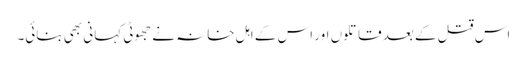
اس قتل کے بعد قاتلوں اور اس کے اہل خانہ نے جھوٹی کہانی بھی بنائی۔